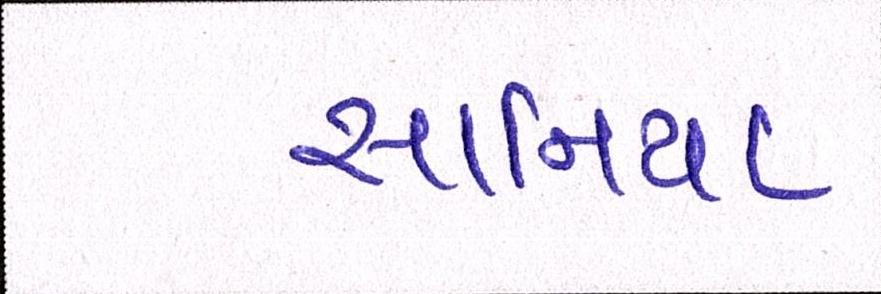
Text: સાનિયા